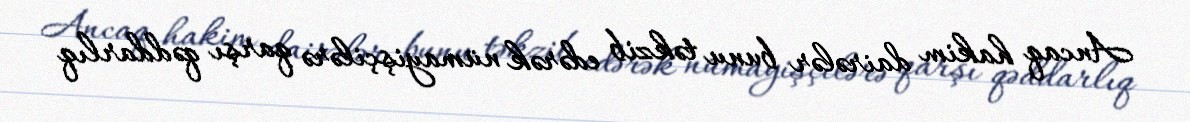
Ancaq hakim dairələr bunu təkzib edərək nümayişçilərə qarşı qəddarlıq